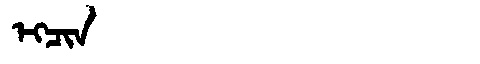
Manchu: ᡝᡴᠴᡳᠨ
Romanization: EKCIN